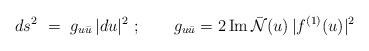
\begin{align*}ds^2~=~g_{u{\bar u}} \, |du|^2 \ ;\qquad g_{u{\bar u}}=2 \, {\rm Im}\, {\bar {\cal N}}(u) \, |f^{(1)}(u)|^2\\\end{align*}